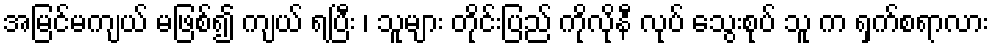
အမြင်မကျယ် မဖြစ်၍ ကျယ် ရပြီး ၊ သူများ တိုင်းပြည် ကိုလိုနီ လုပ် သွေးစုပ် သူ က ရှက်စရာလား